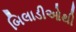
બિલાડીઓથી